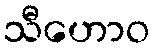
သီဟောဝ